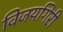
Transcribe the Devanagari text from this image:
विजयगिरी